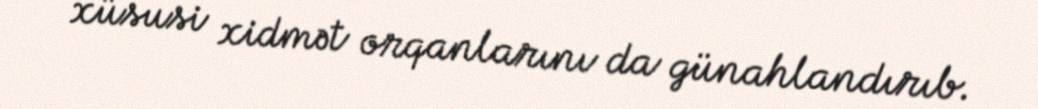
xüsusi xidmət orqanlarını da günahlandırıb.